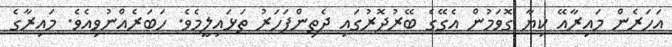
އަހަރެން މައިރާއޭ ކިޔާ ގޮވަމުން އެގޭގެ ބޭރުދޮރުގައި ދެތިންފަހަރު ތަޅައިލީމެވެ. ހަބަރެއްނުވިއެވެ. މައިރާގެ